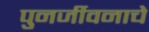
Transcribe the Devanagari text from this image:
पुनर्जीवनाचे